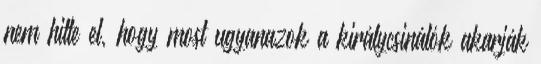
nem hitte el, hogy most ugyanazok a királycsinálók akarják